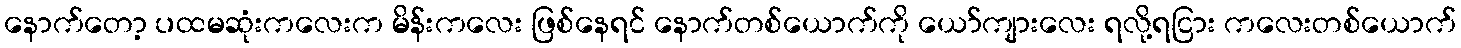
နောက်တော့ ပထမဆုံးကလေးက မိန်းကလေး ဖြစ်နေရင် နောက်တစ်ယောက်ကို ယော်ကျားလေး ရလို့ရငြား ကလေးတစ်ယောက်